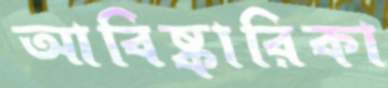
আবিষ্কারিকা